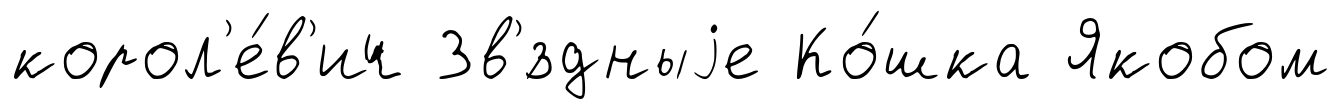
корол'е́в'ич Зв'́здныjе Ко́шка Якобом